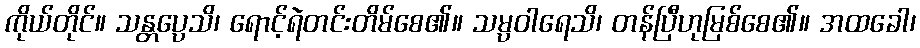
ကိုယ်တိုင်။ သန္တပ္ပေသိ၊ ရောင့်ရဲတင်းတိမ်စေ၏။ သမ္ပဝါရေသိ၊ တန်ပြီဟုမြစ်စေ၏။ အထခေါ၊